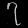
Digit: ၇